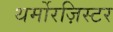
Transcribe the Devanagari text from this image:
थर्मोरज़िस्टर